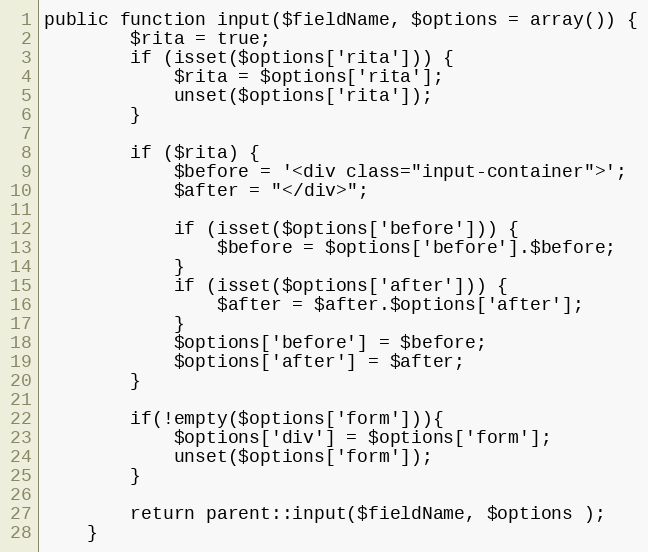
Language: PHP
public function input($fieldName, $options = array()) {
		$rita = true;
		if (isset($options['rita'])) {
			$rita = $options['rita'];
			unset($options['rita']);
		}

		if ($rita) {
			$before = '<div class="input-container">';
			$after = "</div>";

			if (isset($options['before'])) {
				$before = $options['before'].$before;
			}
			if (isset($options['after'])) {
				$after = $after.$options['after'];
			}
			$options['before'] = $before;
			$options['after'] = $after;
		}

		if(!empty($options['form'])){
			$options['div'] = $options['form'];
			unset($options['form']);
		}

		return parent::input($fieldName, $options );
	}